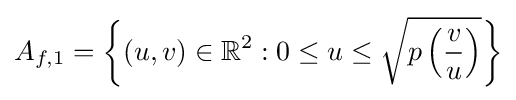
A_{f,1}=\left\{(u,v)\in \mathbb {R} ^{2}:0\leq u\leq {\sqrt {p\left({\frac {v}{u}}\right)}}\right\}